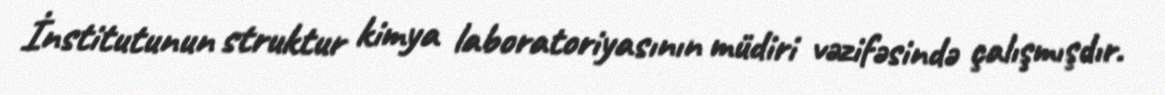
İnstitutunun struktur kimya laboratoriyasının müdiri vəzifəsində çalışmışdır.